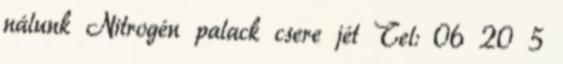
nálunk Nitrogén palack csere jét Tel: 06 20 5